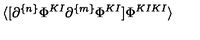
\langle [ \partial ^ { \{ n \} } \Phi ^ { K I } \partial ^ { \{ m \} } \Phi ^ { K I } ] \Phi ^ { K I K I } \rangle